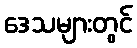
ဒေသများတွင်